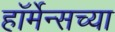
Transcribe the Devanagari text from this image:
हॉर्मेन्सच्या